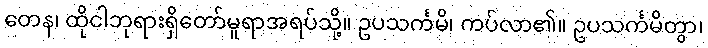
တေန၊ ထိုငါဘုရားရှိတော်မူရာအရပ်သို့။ ဥပသင်္ကမိ၊ ကပ်လာ၏။ ဥပသင်္ကမိတွာ၊